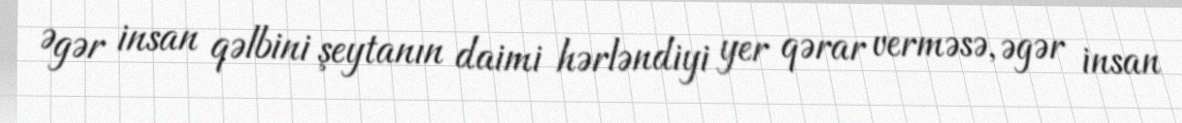
Əgər insan qəlbini şeytanın daimi hərləndiyi yer qərar verməsə, əgər insan